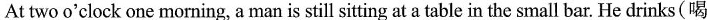
At two o'clock one morning, a man is still sitting at a table in thesmall bar. He drinks(喝